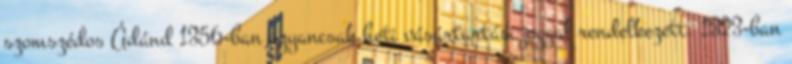
szomszédos Ádánd 1356-ban ugyancsak heti vásártartási joggal rendelkezett. 1323-ban